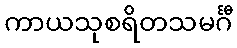
ကာယသုစရိတသမင်္ဂီ